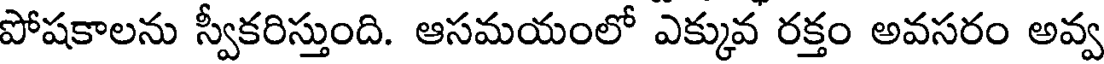
పోషకాలను స్వీకరిస్తుంది. ఆసమయంలో ఎక్కువ రక్తం అవసరం అవ్వ